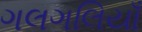
ગલગલિયાઁ